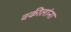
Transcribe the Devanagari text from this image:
वकीलांना